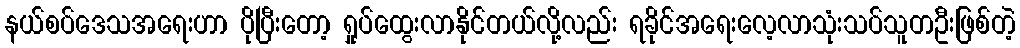
နယ်စပ်ဒေသအရေးဟာ ပိုပြီးတော့ ရှုပ်ထွေးလာနိုင်တယ်လို့လည်း ရခိုင်အရေးလေ့လာသုံးသပ်သူတဦးဖြစ်တဲ့